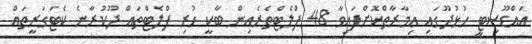
އައްޑޫސިޓީ ހުޅުދޫގައި ޢިމާރާތްކޮށްފައިވާ 48 ފްލެޓްތެރެއިން ބާކީ ހުރި ފްލެޓްތައް ދޫކުރާނެ ކެޓަގަރީތައް